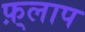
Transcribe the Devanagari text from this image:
फ़्लाप